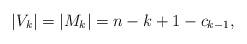
LaTeX: \begin{align*}|V_k|=|M_k|=n-k+1-c_{k-1},\end{align*}